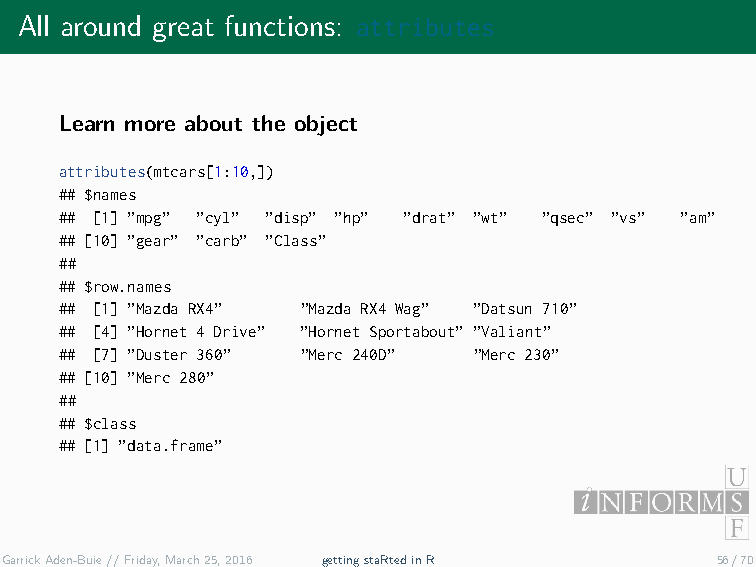
All around great functions: attributes
 Learn more about the object
 attributes(mtcars[1:10,])
 ## $names
 ## [1] ”mpg” ”cyl” ”disp” ”hp” ”drat” ”wt” ”qsec” ”vs” ”am”
 ## [10] ”gear” ”carb” ”Class”
 ##
 ## $row.names
 ## [1] ”Mazda RX4” ”Mazda RX4 Wag” ”Datsun 710”
 ## [4] ”Hornet 4 Drive” ”Hornet Sportabout” ”Valiant”
 ## [7] ”Duster 360” ”Merc 240D” ”Merc 230”
 ## [10] ”Merc 280”
 ##
 ## $class
 ## [1] ”data.frame”
 GarrickAden-Buie//Friday,March25,2016 gettingstaRtedinR 56/70